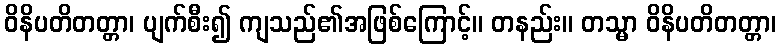
ဝိနိပတိတတ္တာ၊ ပျက်စီး၍ ကျသည်၏အဖြစ်ကြောင့်။ တနည်း။ တသ္မာ ဝိနိပတိတတ္တာ၊